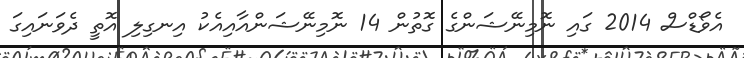
އެވޯޑްސް 2014 ގައި ނޮމިނޭޝަންގެ ގޮތުން 14 ނޮމިނޭޝަންއާއިއެކު އިނގިލި އޮތީ ދެވަނައިގަ